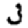
Digit: 3